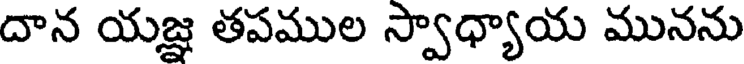
దాన యజ్ఞ తపముల స్వాధ్యాయ మునను